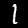
Digit: 1